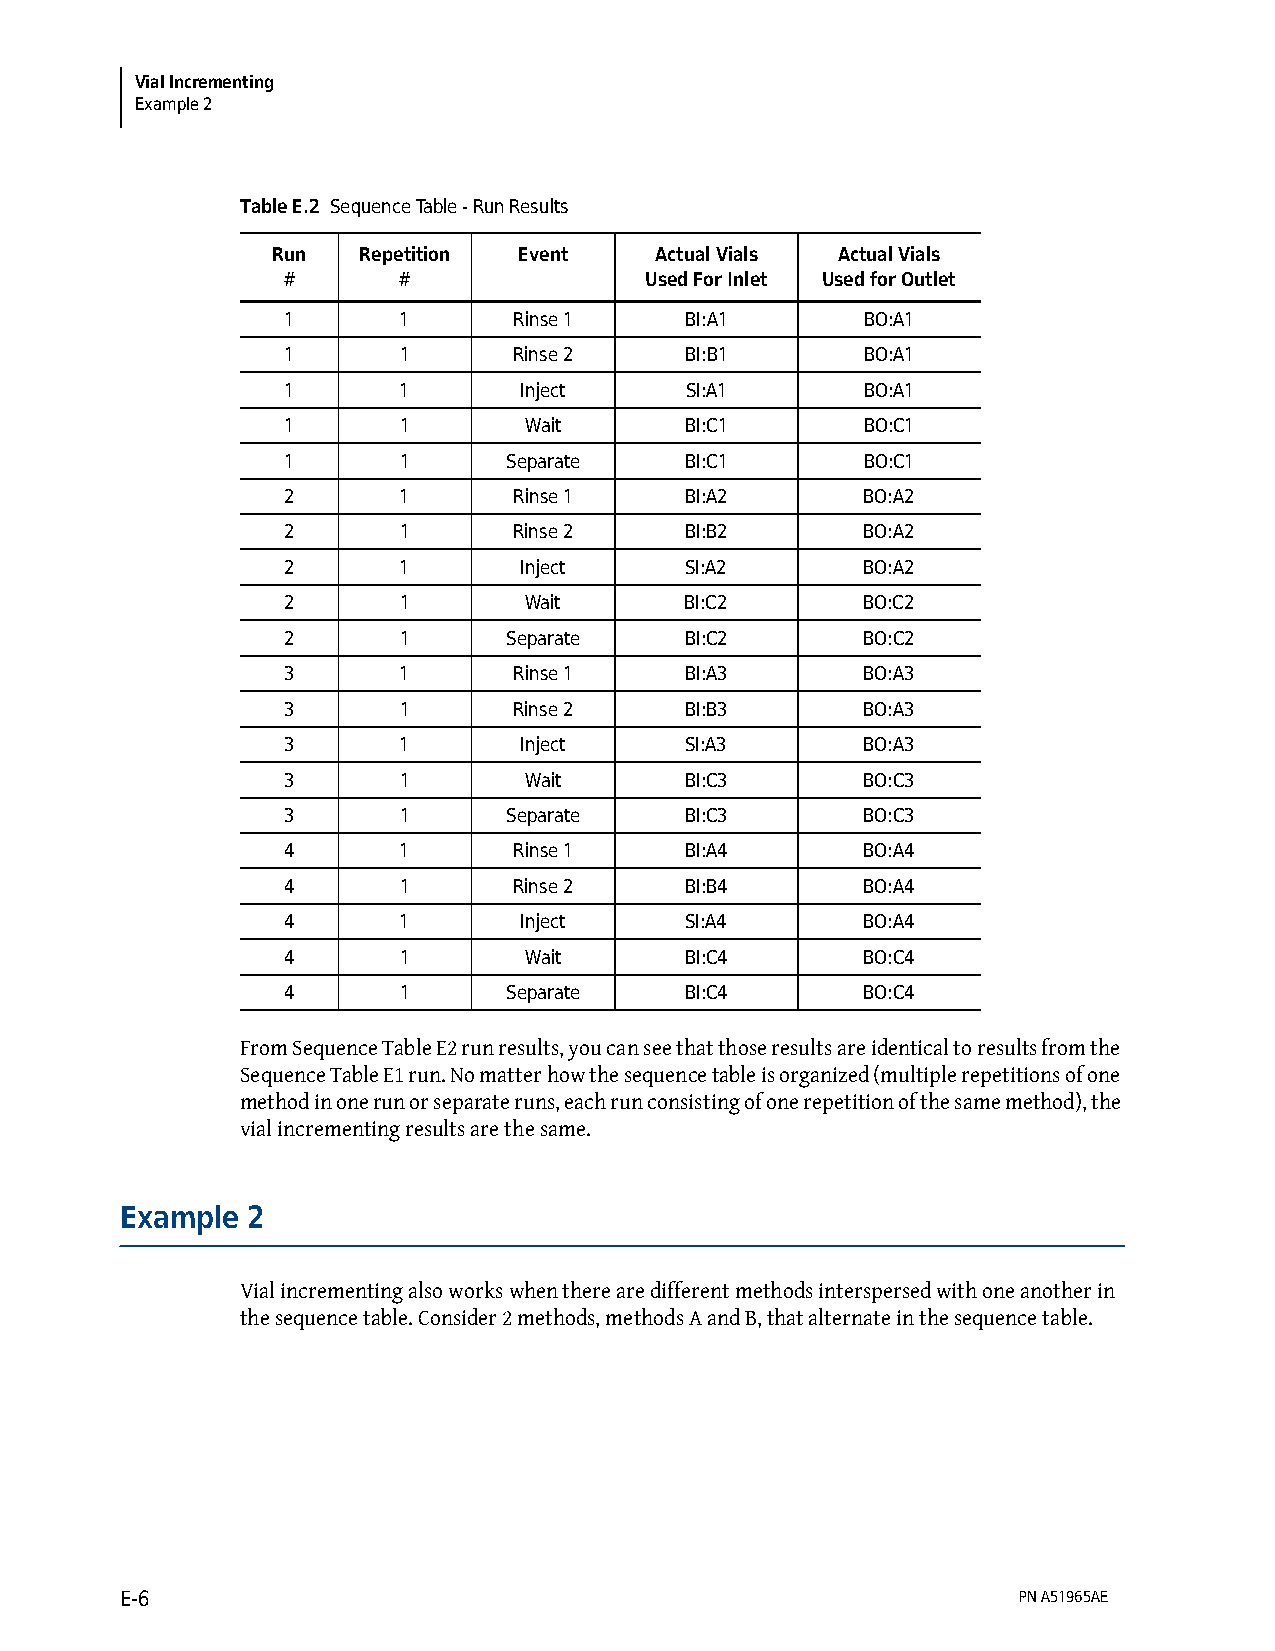
Vial Incrementing
 Example 2
 Table E.2 Sequence Table - Run Results
 Run   Repetition Event   Actual Vials Actual Vials
 #      #                Used For Inlet Used for Outlet
 1      1       Rinse 1    BI:A1       BO:A1
 1      1       Rinse 2    BI:B1       BO:A1
 1      1       Inject     SI:A1       BO:A1
 1      1        Wait      BI:C1       BO:C1
 1      1       Separate   BI:C1       BO:C1
 2      1       Rinse 1    BI:A2       BO:A2
 2      1       Rinse 2    BI:B2       BO:A2
 2      1       Inject     SI:A2       BO:A2
 2      1        Wait      BI:C2       BO:C2
 2      1       Separate   BI:C2       BO:C2
 3      1       Rinse 1    BI:A3       BO:A3
 3      1       Rinse 2    BI:B3       BO:A3
 3      1       Inject     SI:A3       BO:A3
 3      1        Wait      BI:C3       BO:C3
 3      1       Separate   BI:C3       BO:C3
 4      1       Rinse 1    BI:A4       BO:A4
 4      1       Rinse 2    BI:B4       BO:A4
 4      1       Inject     SI:A4       BO:A4
 4      1        Wait      BI:C4       BO:C4
 4      1       Separate   BI:C4       BO:C4
 From Sequence Table E2 run results, you can see that those results are identical to results from the
 Sequence Table E1 run. No matter how the sequence table is organized (multiple repetitions of one
 method in one run or separate runs, each run consisting of one repetition of the same method), the
 vial incrementing results are the same.
 Example 2
 Vial incrementing also works when there are different methods interspersed with one another in
 the sequence table. Consider 2 methods, methods A and B, that alternate in the sequence table.
 E-6                                                        PN A51965AE